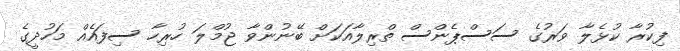
ފިކުރާ ކުޅެލާ ވަރުގެ ސަސްޕެންސް ތްރިލާއަކަށް ބޭނުންވާ ޖުމްލަ ހުރިހާ ސިފައެއް މަހުދީގެ